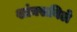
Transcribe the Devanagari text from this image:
शांक्सविले